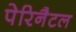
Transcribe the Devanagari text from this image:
पेरिनैटल